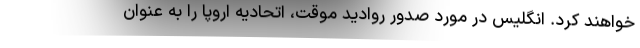
خواهند کرد. انگلیس در مورد صدور روادید موقت، اتحادیه اروپا را به عنوان